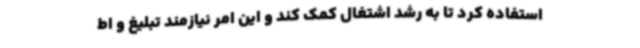
استفاده کرد تا به رشد اشتغال کمک کند و این امر نیازمند تبلیغ و اط